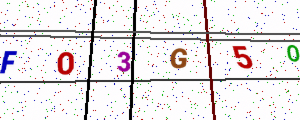
Text: FO3G5O